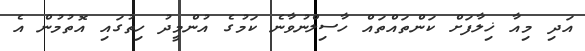
އަދި މިއާ ޚިލާފަށް ކަންތައްތައް ހާސިލްނުވާނެ ކަމުގެ އުންމީދު ހިތުގައި އޮތުމުން އެ